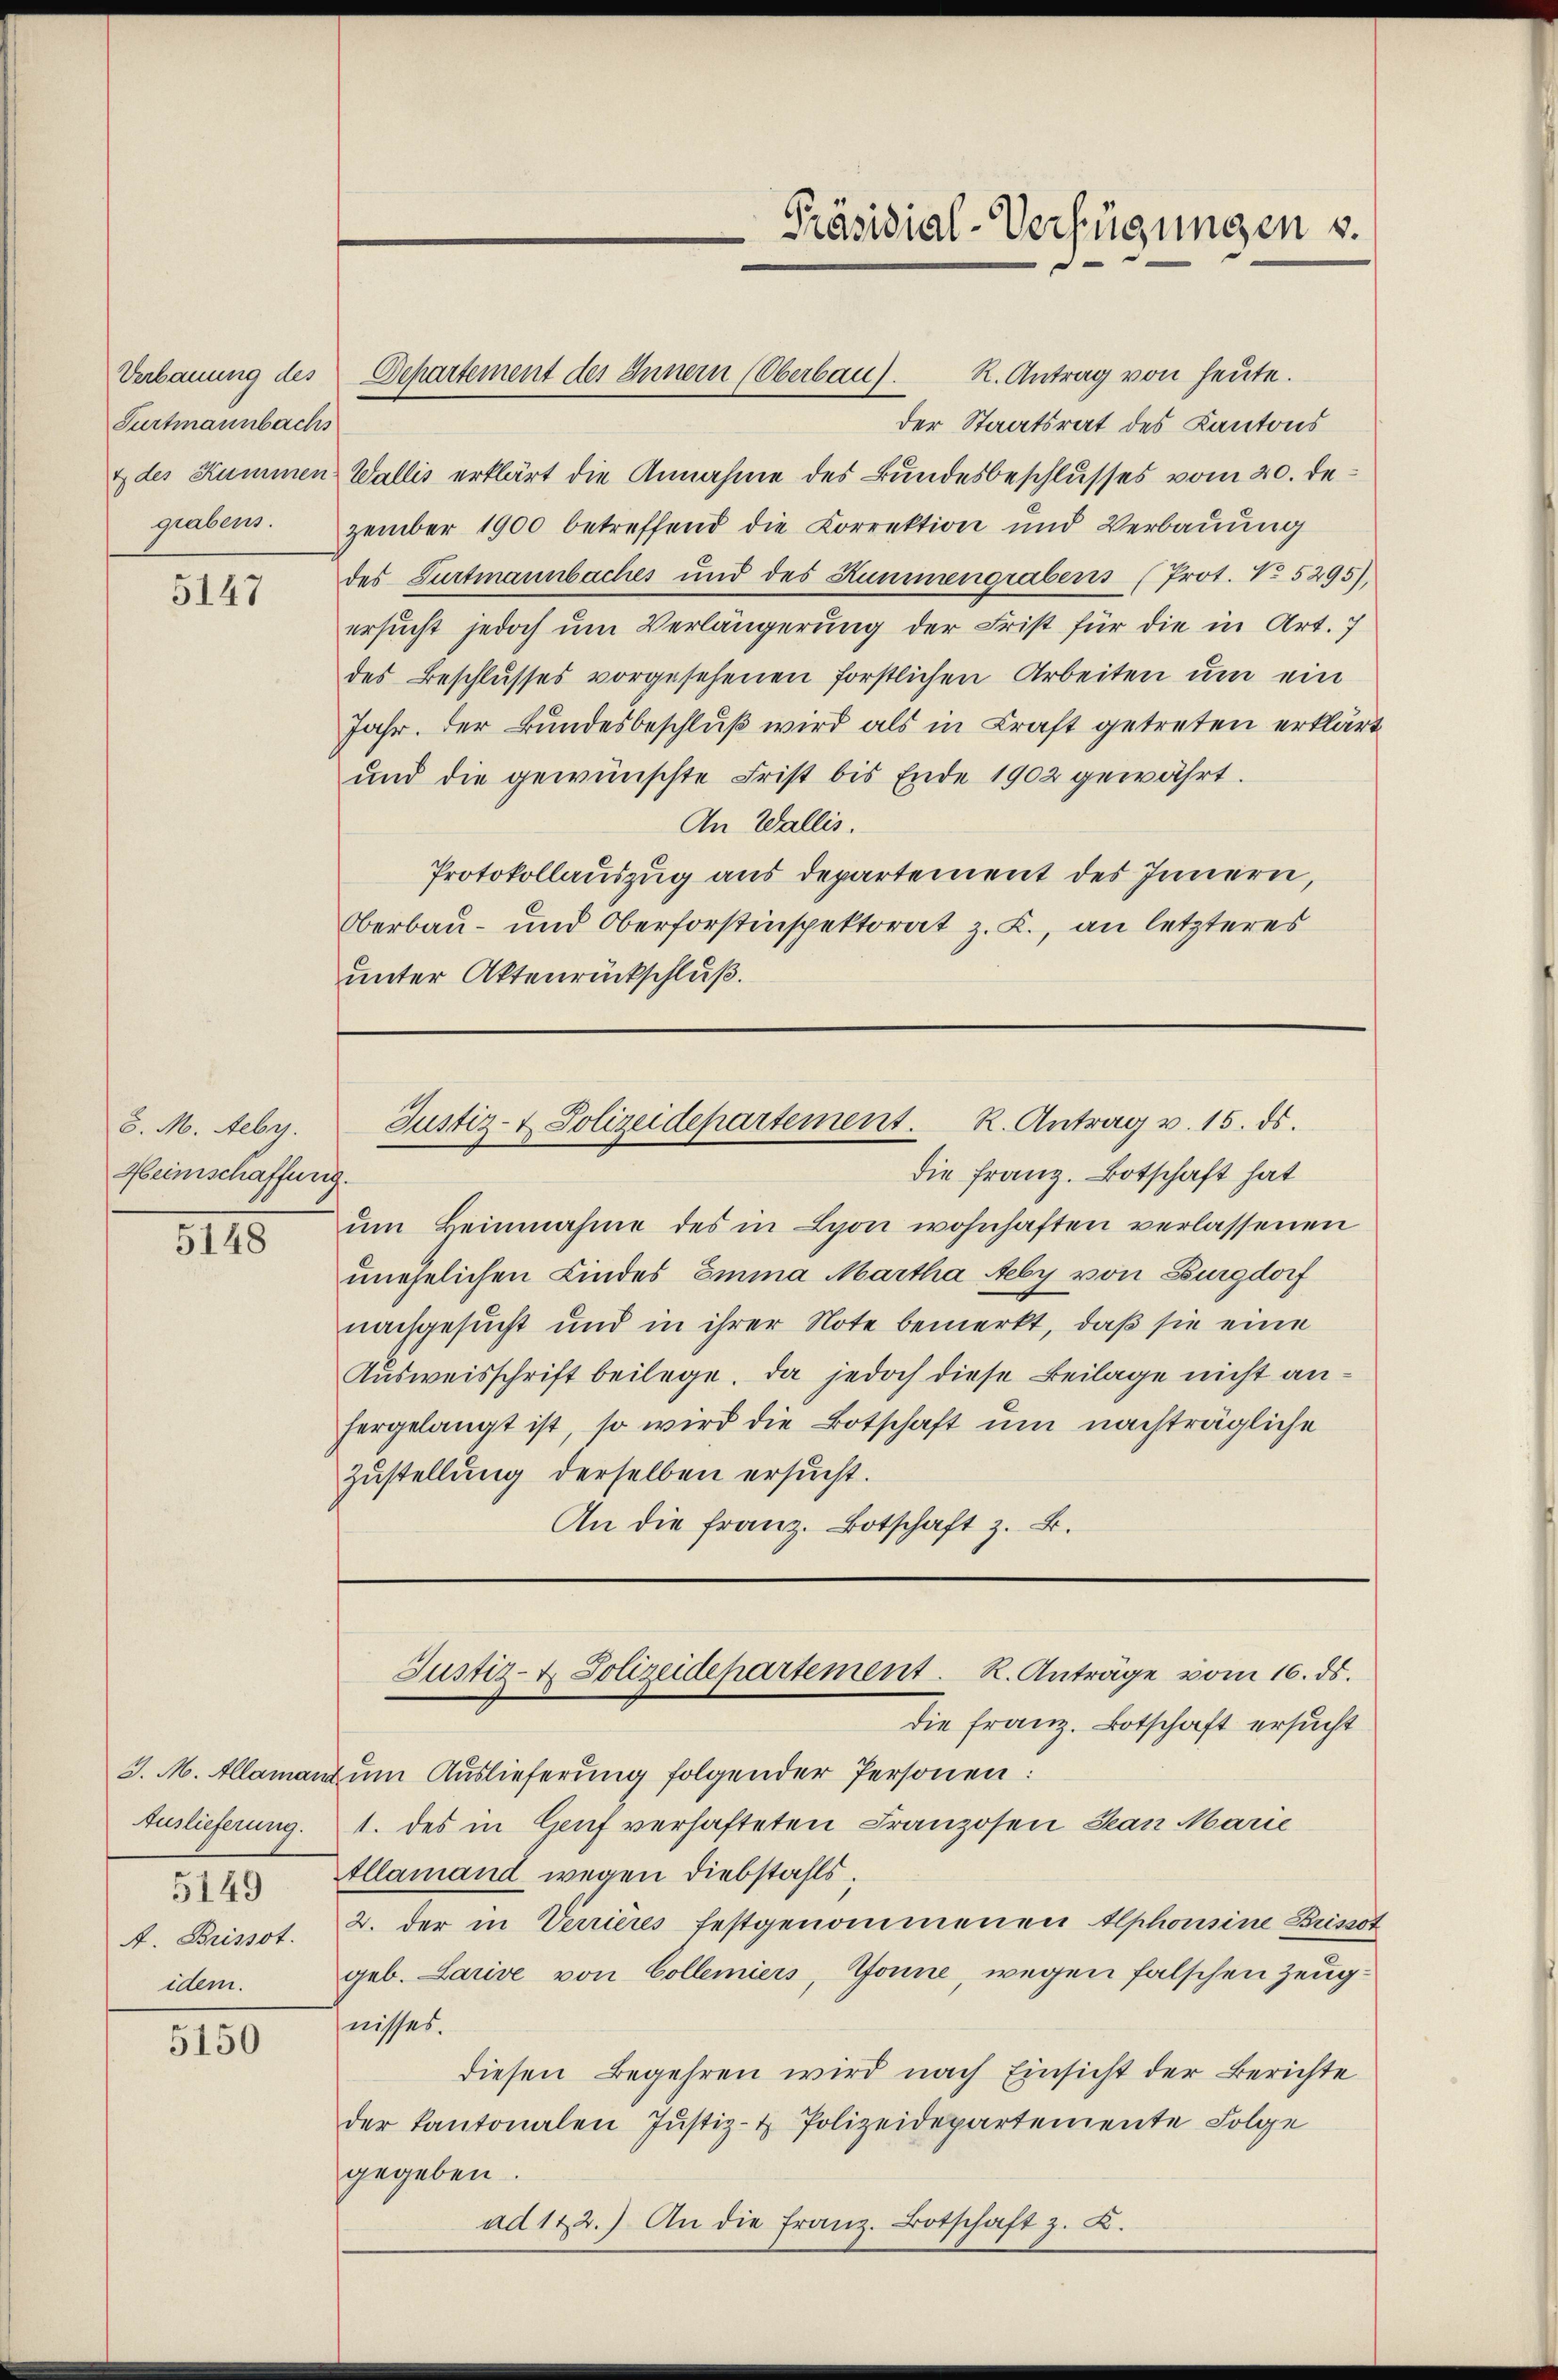
Furtmannbachs
grabens.

5147

5. M. Febr.
Heinschaffung.

8115

Auslieferung.

5150

R. Antrag von heute.
der Staatsrat des Kantons
& des Kummen Wallis erklärt die Annahme des Bundesbeschlusses vom 20. Dezember 1900 betreffend die Correktion und Verbauung
des Furtmannbaches und des Kummengrabens (Prot. No 5295),
ersucht jedoch um Verlängerung der Frist für die in Art. 7
des Beschlusses vorgesehenen forstlichen Arbeiten um ein
Jahr. Der Bundesbeschluß wird als in Kraft getreten erklärt
und die gewünschte Frist bis Ende 1902 gewährt.
An Wallis.
Protokollauszug aus departement des Innern,
Oberbau- und Oberforstinspektorat z. K., an letzteres
unter Aktenrückschluß.

Verbauung des Departement des Innern (Oberbau

Präsidial-Verfügungen v.

Justiz- & Polizeidepartement. R. Antrag v. 15. ds.
die Franz. Botschaft hat

ŭm Beinnahme des in Lyon wohnhaften verlassenen
unehelichen Kindes Emma Martha Aeby von Burgdorf
nachgesucht und in ihrer Note bemerkt, daß sie eine
Ausweisschrift beilege. Da jedoch diese Beilage nicht anhergelangt ist, so wird die Botschaft um nachträgliche
Zustellung derselben ersucht.
An die franz. Botschaft z. B.

Justiz- & Polizeidepartement. R. Anträge vom 16. ds.

Die Franz. Botschaft ersucht
3. M. Allamant um Auslieferung folgender Personen:
1. des in Genf verhafteten Franzosen Jean Marie
Allamand wegen Diebstahls;
A. Brisot. 2. der in Verrieres festgenommenen Alphonsine Brissot
idem. geb. Larive von Collemiers, Tonne, wegen falschen Zeugnisses.
diesen Begehren wird nach Einsicht der Berichte
der Kantonalen Jŭstiz- & Polizeidepartemente Folge
gegeben.
ad 122.) An die Franz. Botschaft z. K.